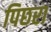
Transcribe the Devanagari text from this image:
पिछरा